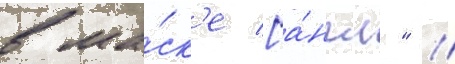
в ма́ск'е [а́нгл." //